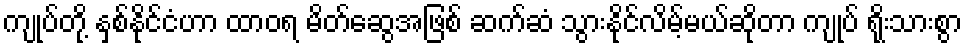
ကျုပ်တို့ နှစ်နိုင်ငံဟာ ထာဝရ မိတ်ဆွေအဖြစ် ဆက်ဆံ သွားနိုင်လိမ့်မယ်ဆိုတာ ကျုပ် ရိုးသားစွာ